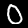
Label: 0